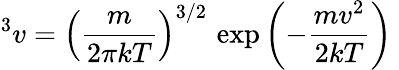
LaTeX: ^3v=\left(\frac{m}{2\pi kT}\right)^{3/2}\, \exp\left(-\frac{mv^{2}}{2kT}\right)~